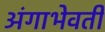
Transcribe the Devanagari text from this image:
अंगाभेवती